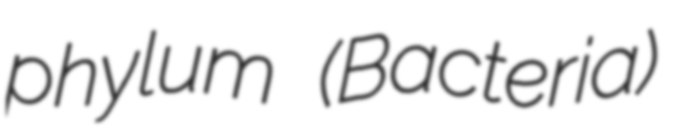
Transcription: phylum (Bacteria)